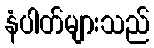
နံပါတ်များသည်